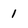
Character: 1